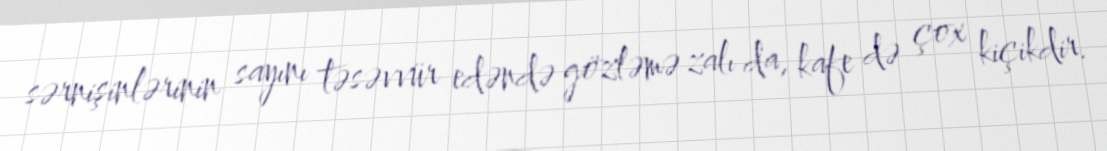
sərnişinlərinin sayını təsəvvür edəndə gözləmə zalı da, kafe də çox kiçikdir.